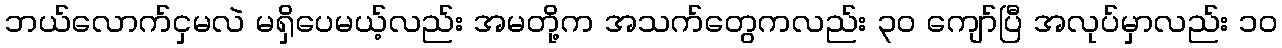
ဘယ်လောက်ငှမလဲ မရှိပေမယ့်လည်း အမတို့က အသက်တွေကလည်း ၃၀ ကျော်ပြီ အလုပ်မှာလည်း ၁၀